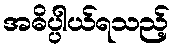
အဓိပ္ပါယ်ရသည့်